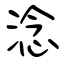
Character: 淰